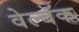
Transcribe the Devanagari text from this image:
वेल्बॅक